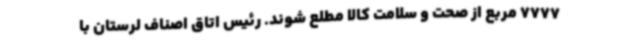
7777 مربع از صحت و سلامت کالا مطلع شوند. رئیس اتاق اصناف لرستان با